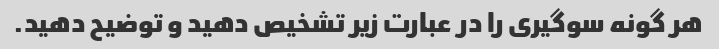
هر گونه سوگیری را در عبارت زیر تشخیص دهید و توضیح دهید.